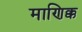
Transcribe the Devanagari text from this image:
माणिक्क